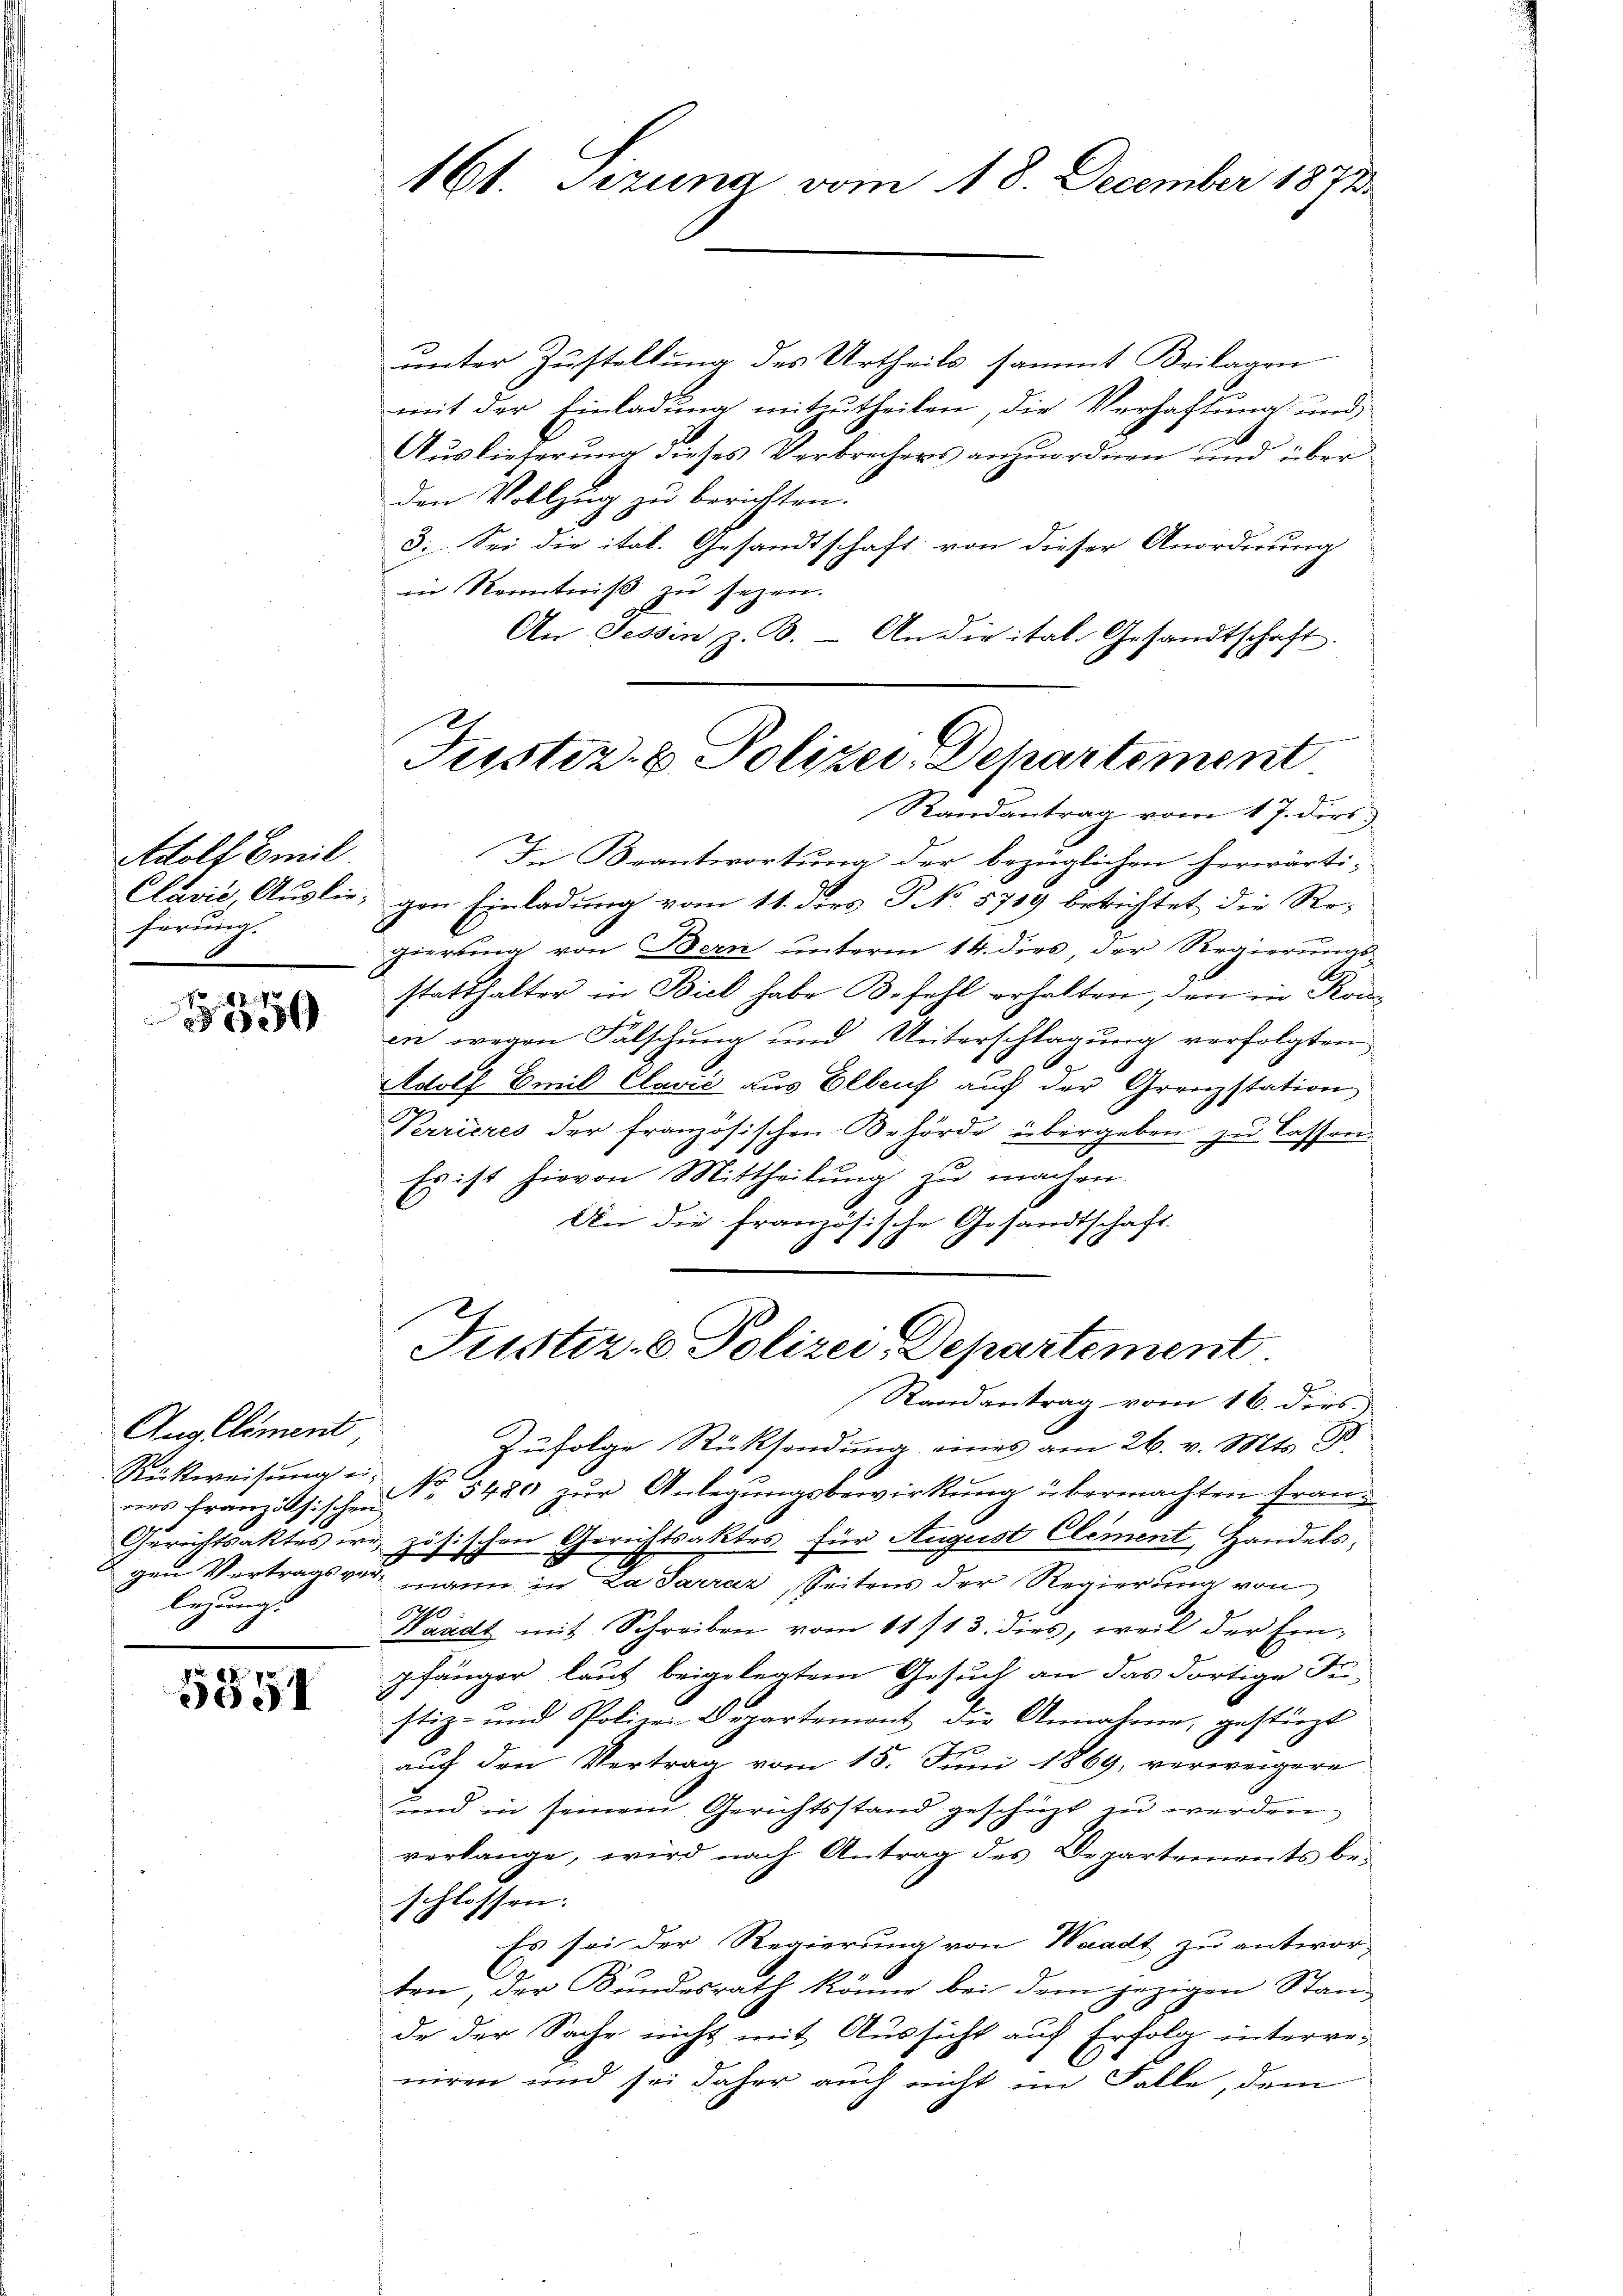
Adolf Emil.
ferung.

9

Anglliment
nes Französischen
legungs

8
3091

unter Zustellung des Urtheils sammt Beilagen
mit der Einladung mitzutheilen, die Verhaftung und
Auslieferung dieses Verbrechers anzuordnen und über
den Vollzug zu berichten.
3. Sei die ital. Gesandtschaft von dieser Anordnung
in Kenntniß zu sezen.
An Tessin z. B. - An die ital. Gesandtschaft.

161. Sizung vom 18. December 1872.

1
Justiz- & Polizei, Departement
Randantrag vom 17. dies

In Beantwortung der bezüglichen herwärti-
Clavić, Auslie, von Einladung vom 11. dies No. 5719 berichtet die Regierung von Bern unterm 14. dies, der Regierungs-
statthalter in Biel habe Befehl erhalten, den in Konin wegen Fälschung und Unterschlagung verfolgten
m
Adolf Emil Clavić aus Ellenf auf der Grenzstation
Verrieres der französischen Behörde übergeben zu lassen.
Es ist hievon Mittheilung zu machen.
An die französische Gesandtschaft.

Zufolge Rücksendung eines am 26. v. Mts. 98
Rückweisŭng u. No 5480 zŭr Anlegŭngsbewirkŭng übermachten Fran-
Gerichtsaktes er zösischen Gerichtsaktes für August Clement, Handelsgen Vertragsvermann in La Parraz, Seitens der Regierung von
60
Waadt mit Schreiben vom 11/13. dies, weil der Ein-
gfänger lauf beigelegtem Gesuch an das dortige Fistiz- und Polizei-Departement die Annahme, gestürzt
auf den Vertrag vom 15. Juni 1869, verweigere
und in seinem Gerichtsstand geschüzt zu werden
verlange, wird nach Antrag des Departements bei
schlossen:
Es sei der Regierung von Waadt zu antwor-
ten, der Bundesrath könne bei dem jezigen Stan-
de der Sache nicht mit Aussicht auf Erfolg interve-
niren und sei daher auch nicht im Falle, dem

Justiz- & Polizei-Departement.
Randantrag vom 16. dies